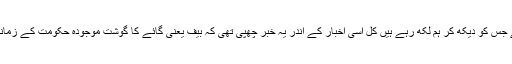
جس اخبار میں یہ خبر چھپی ہے جس کو دیکھ کر ہم لکھ رہے ہیں کل اسی اخبار کے اندر یہ خبر چھپی تھی کہ بیف یعنی گائے کا گوشت موجودہ حکومت کے زمانہ میں 18 فیصدی زیادہ گیا ہے۔